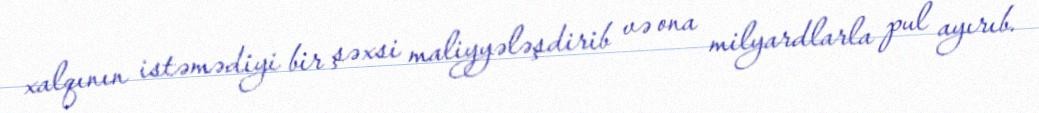
xalqının istəmədiyi bir şəxsi maliyyələşdirib və ona milyardlarla pul ayırıb.